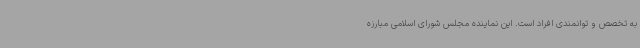
به تخصص و توانمندی افراد است. این نماینده مجلس شورای اسلامی مبارزه